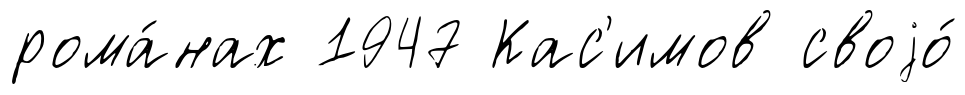
рома́нах 1947 Кас'имов своjо́